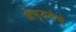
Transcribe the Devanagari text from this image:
श्रेष्ठतेचे